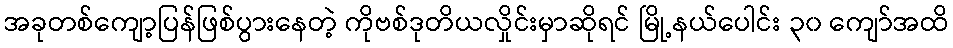
အခုတစ်ကျော့ပြန်ဖြစ်ပွားနေတဲ့ ကိုဗစ်ဒုတိယလှိုင်းမှာဆိုရင် မြို့နယ်ပေါင်း ၃၀ ကျော်အထိ